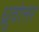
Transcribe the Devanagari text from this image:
ध्रुवोत्तर